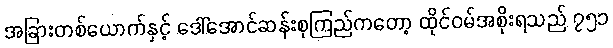
အခြားတစ်ယောက်နှင့် ဒေါ်အောင်ဆန်းစုကြည်ကတော့ ထိုင်ဝမ်အစိုးရသည် ၇၅၁